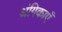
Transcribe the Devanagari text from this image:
श्रंगिकाएँ